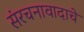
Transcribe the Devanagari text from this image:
संरचनावादाचे